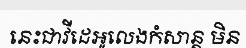
នេះជាវីដេអូលេងកំសាន្ត មិន